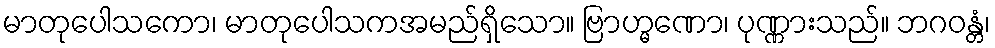
မာတုပေါသကော၊ မာတုပေါသကအမည်ရှိသော။ ဗြာဟ္မဏော၊ ပုဏ္ဏားသည်။ ဘဂဝန္တံ၊